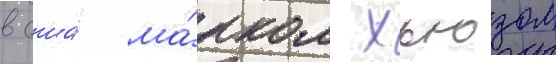
в сша́ ма́рком хьюзом